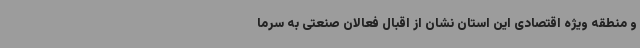
و منطقه ویژه اقتصادی این استان نشان از اقبال فعالان صنعتی به سرما